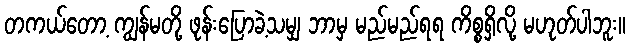
တကယ်တော့ ကျွန်မတို့ ဖုန်းပြောခဲ့သမျှ ဘာမှ မည်မည်ရရ ကိစ္စရှိလို့ မဟုတ်ပါဘူး။